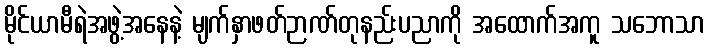
မိုင်ယာမီရဲအဖွဲ့အနေနဲ့ မျက်နှာဖတ်ဉာဏ်တုနည်းပညာကို အထောက်အကူ သဘောသာ